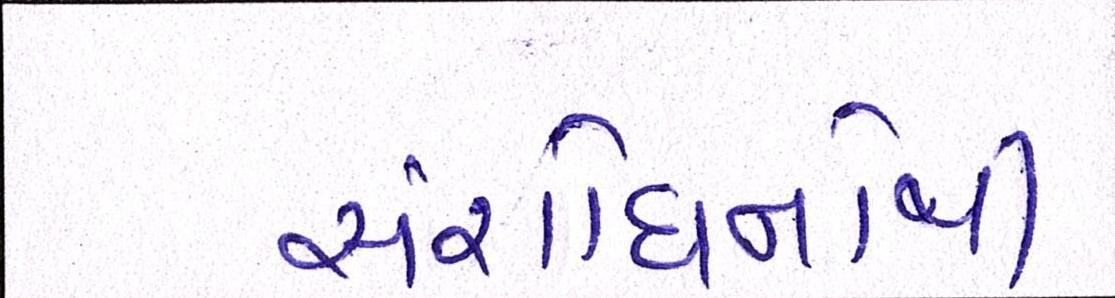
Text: સંશોધનોથી